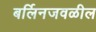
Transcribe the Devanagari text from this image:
बर्लिनजवळील